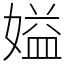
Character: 㜋